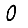
Digit: 0